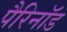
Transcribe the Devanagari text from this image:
पैरिनॉड